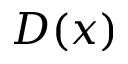
D ( x )